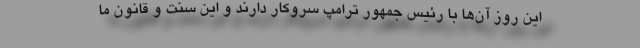
این روز آن‌ها با رئیس جمهور ترامپ سروکار دارند و این سنت و قانون ما